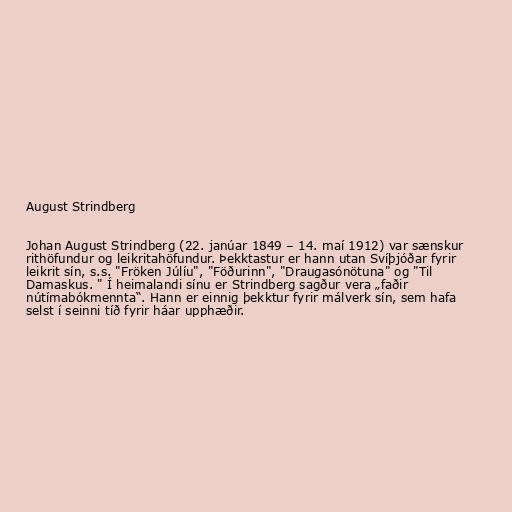
August Strindberg

Johan August Strindberg (22. janúar 1849 – 14. maí 1912) var sænskur
rithöfundur og leikritahöfundur. Þekktastur er hann utan Svíþjóðar fyrir
leikrit sín, s.s. "Fröken Júlíu", "Föðurinn", "Draugasónötuna" og "Til
Damaskus. " Í heimalandi sínu er Strindberg sagður vera „faðir
nútímabókmennta“. Hann er einnig þekktur fyrir málverk sín, sem hafa
selst í seinni tíð fyrir háar upphæðir.